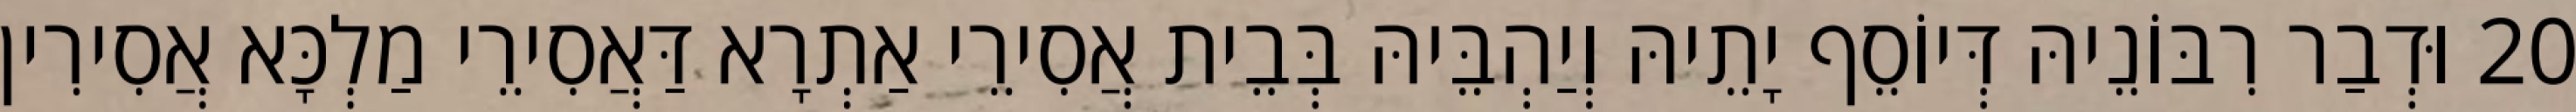
20 וּדְבַר רִבּוֹנֵיהּ דְּיוֹסֵף יָתֵיהּ וְיַהְבֵּיהּ בְּבֵית אֲסִירֵי אַתְרָא דַּאֲסִירֵי מַלְכָּא אֲסִירִין